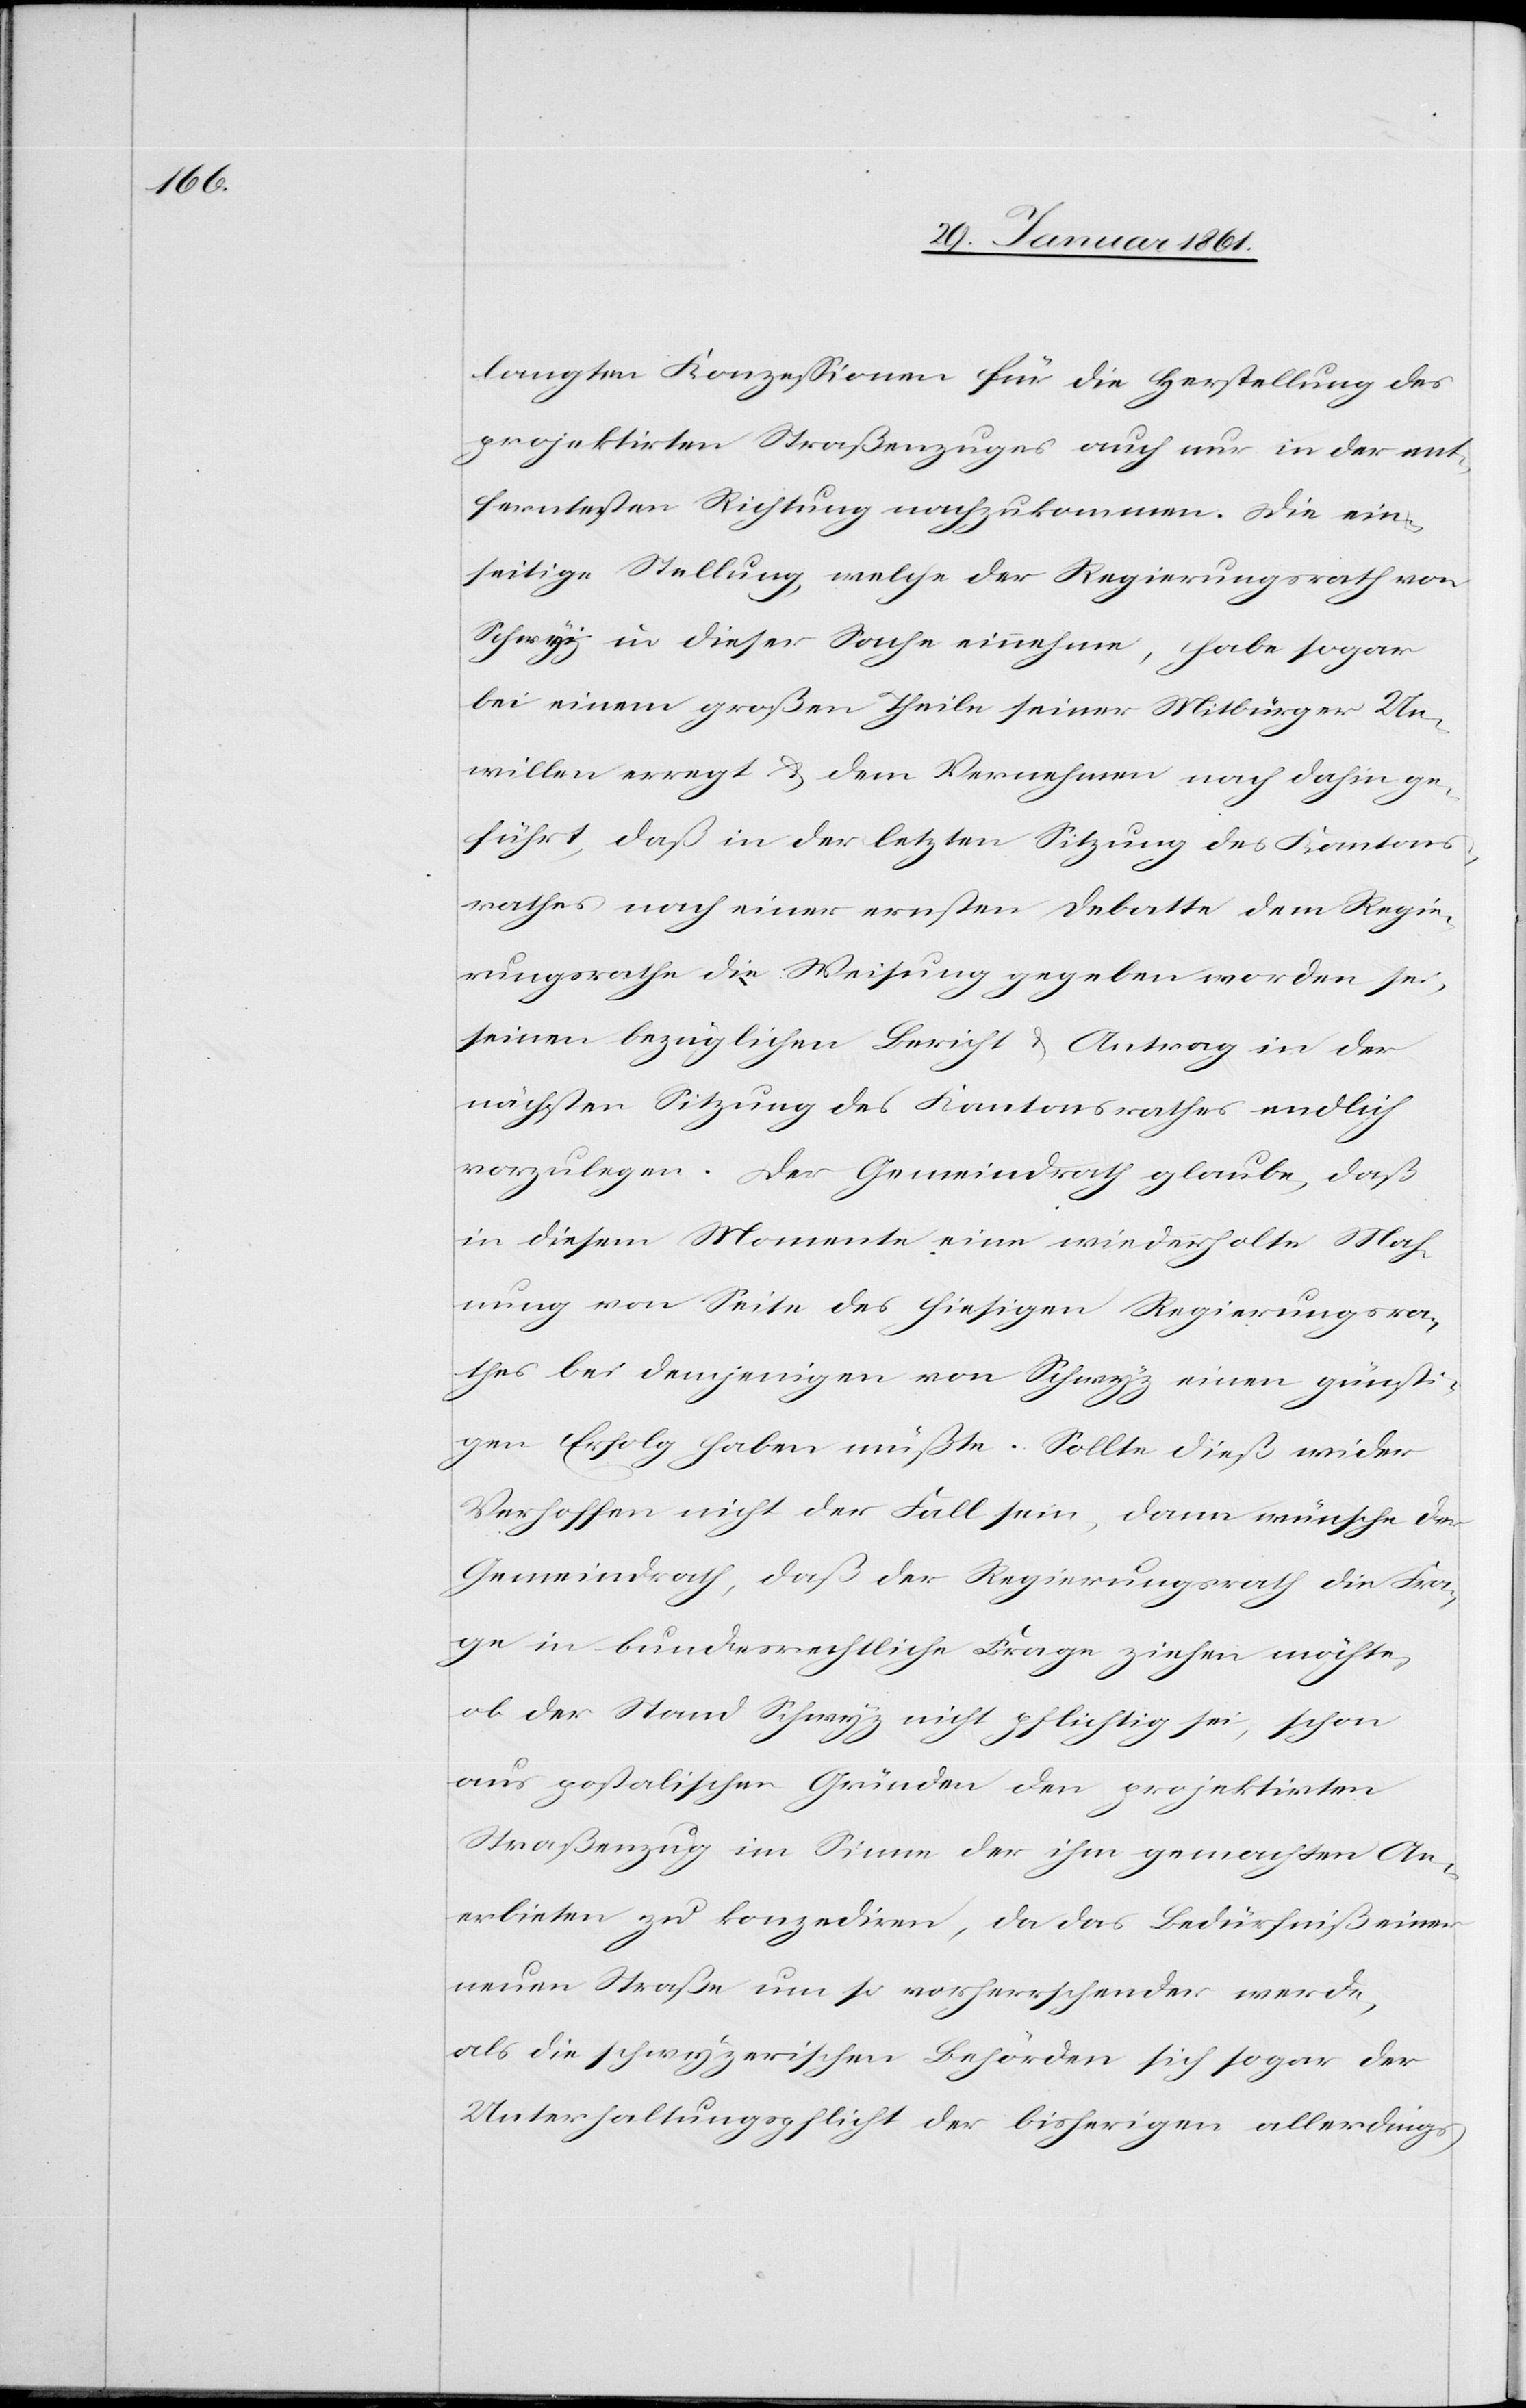
langten Konzessionen für die Herstellung des
projektirten Straßenzuges auch nur in der ent¬
ferntesten Richtung nachzukommen. Die ein¬
seitige Stellung, welche der Regierungsrath von
Schwyz in dieser Sache einnehme, habe sogar
bei einem großen Theile seiner Mitbürger Un¬
willen erregt u. dem Vernehmen nach dahin ge¬
führt, daß in der letzten Sitzung des Kantons¬
rathes nach einer ernsten Debatte dem Regie¬
rungsrathe die Weisung gegeben worden sei,
seinen bezüglichen Bericht u. Antrag in der
nächsten Sitzung des Kantonsrathes endlich
vorzulegen. Der Gemeindrath glaube, daß
in diesem Momente eine wiederholte Mah¬
nung von Seite des hiesigen Regierungsra¬
thes bei demjenigen von Schwyz einen günsti¬
gen Erfolg haben müsste. Sollte dieß wider
Verhoffen nicht der Fall sein, dann wünsche der
Gemeindrath, daß der Regierungsrath die Fra¬
ge in bundesrechtliche Frage ziehen möchte,
ob der Stand Schwyz nicht pflichtig sei, schon
aus postalischen Gründen den projektirten
Straßenzug im Sinne der ihm gemachten An¬
erbieten zu konzediren, da das Bedürfniß einer
neuen Straße um so vorherrschender werde,
als die schwyzerischen Behörden sich sogar der
Unterhaltungspflicht der bisherigen allerdings